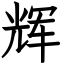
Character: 辉